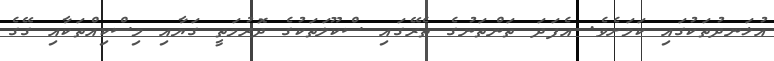
އުޅަނދުތަކުގައި ކަމަށެވެ. އެފަދަ ތަންތަނުގެ ތެރޭގައި ސްކޫލަތަކުގެ ދޮރުމަތީ ގަޔާއި މިސްކިއްތަކާއި ގޭގެ